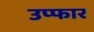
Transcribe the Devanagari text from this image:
उप्फार